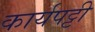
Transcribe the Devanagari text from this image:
कार्यपट्टी